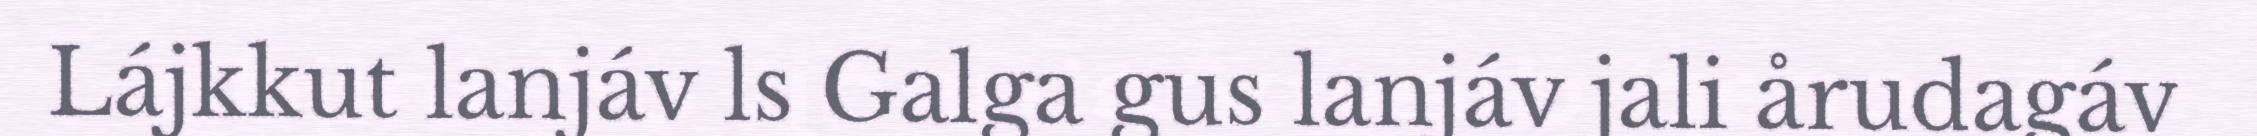
Lájkkut lanjáv ls Galga gus lanjáv jali årudagáv